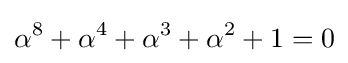
\alpha ^{8}+\alpha ^{4}+\alpha ^{3}+\alpha ^{2}+1=0